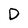
Character: D